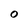
Character: O